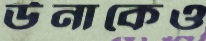
উনাকেও